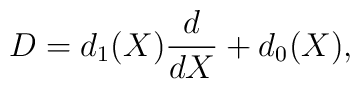
D=d_1(X)\frac{d}{dX}+d_0(X),